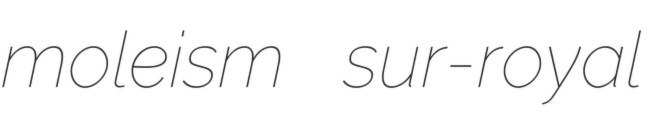
moleism sur-royal